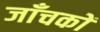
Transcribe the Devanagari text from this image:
जाँचकों